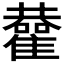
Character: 𩁂